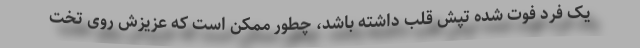
یک فرد فوت شده تپش قلب داشته باشد، چطور ممکن است که عزیزش روی تخت